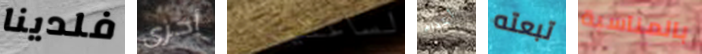
فلدينا أخرى لساعتين اعدام تبعته بالمناسبة